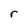
Character: r